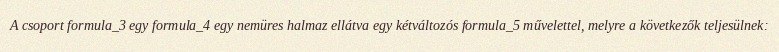
A csoport formula_3 egy formula_4 egy nemüres halmaz ellátva egy kétváltozós formula_5 művelettel, melyre a következők teljesülnek: